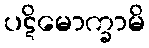
ပဋိမောက္ခာမိ